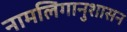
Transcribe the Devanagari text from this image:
नामलिगानुशासन